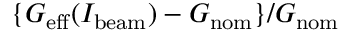
\{ G _ { \mathrm { e f f } } ( I _ { \mathrm { b e a m } } ) - G _ { \mathrm { n o m } } \} / G _ { \mathrm { n o m } }